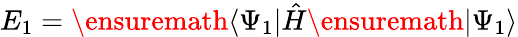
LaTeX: E_{1}=\ensuremath{\langle\Psi_{1}\vert}\hat{H}\ensuremath{\vert\Psi_{1}\rangle}